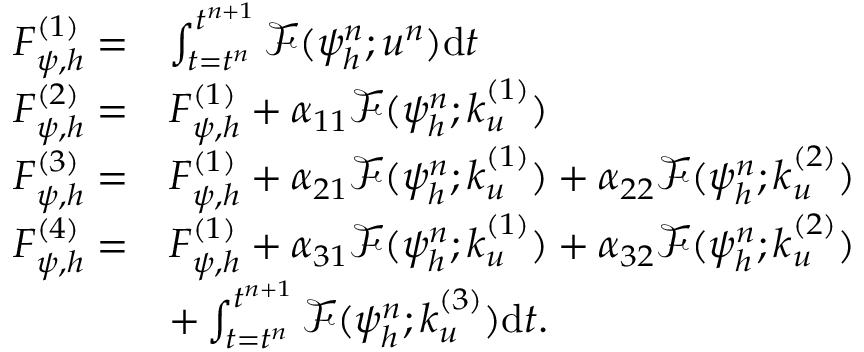
\begin{array} { r l } { F _ { \psi , h } ^ { ( 1 ) } = } & { \int _ { t = t ^ { n } } ^ { t ^ { n + 1 } } \mathcal { F } ( { \psi } _ { h } ^ { n } ; \boldsymbol { u } ^ { n } ) \mathrm { d } t } \\ { F _ { \psi , h } ^ { ( 2 ) } = } & { F _ { \psi , h } ^ { ( 1 ) } + \alpha _ { 1 1 } \mathcal { F } ( { \psi } _ { h } ^ { n } ; \boldsymbol { k } _ { u } ^ { ( 1 ) } ) } \\ { F _ { \psi , h } ^ { ( 3 ) } = } & { F _ { \psi , h } ^ { ( 1 ) } + \alpha _ { 2 1 } \mathcal { F } ( { \psi } _ { h } ^ { n } ; \boldsymbol { k } _ { u } ^ { ( 1 ) } ) + \alpha _ { 2 2 } \mathcal { F } ( { \psi } _ { h } ^ { n } ; \boldsymbol { k } _ { u } ^ { ( 2 ) } ) } \\ { F _ { \psi , h } ^ { ( 4 ) } = } & { F _ { \psi , h } ^ { ( 1 ) } + \alpha _ { 3 1 } \mathcal { F } ( { \psi } _ { h } ^ { n } ; \boldsymbol { k } _ { u } ^ { ( 1 ) } ) + \alpha _ { 3 2 } \mathcal { F } ( { \psi } _ { h } ^ { n } ; \boldsymbol { k } _ { u } ^ { ( 2 ) } ) } \\ & { + \int _ { t = t ^ { n } } ^ { t ^ { n + 1 } } \mathcal { F } ( { \psi } _ { h } ^ { n } ; \boldsymbol { k } _ { u } ^ { ( 3 ) } ) \mathrm { d } t . } \end{array}